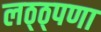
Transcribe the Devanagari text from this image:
लठ्ठ्पणा